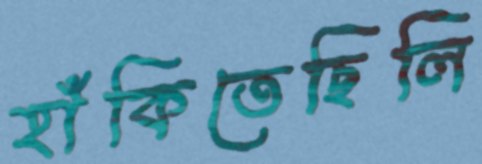
হাঁকিতেছিলি